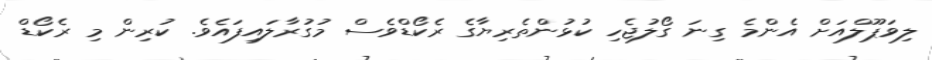
ލިވަޕޫލްއަށް އެންމެ ގިނަ ގޯލުޖެހި ކުޅުންތެރިޔާގެ ރެެކޯޑްވެސް މުގުރާލައިފައެވެ. ކުރިން މި ރެކޯޑް